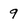
Character: 9